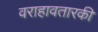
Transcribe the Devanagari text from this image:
वराहावतारकी